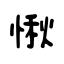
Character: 愀